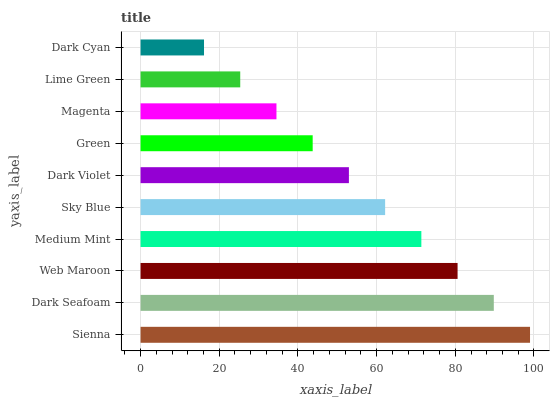
| yaxis_label | bars |
 | --- | --- |
 | Sienna | 99 |
 | Dark Seafoam | 89.8 |
 | Web Maroon | 80.6 |
 | Medium Mint | 71.4 |
 | Sky Blue | 62.2 |
 | Dark Violet | 53 |
 | Green | 43.8 |
 | Magenta | 34.5 |
 | Lime Green | 25.3 |
 | Dark Cyan | 16.1 |